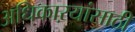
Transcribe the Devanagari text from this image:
अधिकाऱयांसाठी